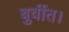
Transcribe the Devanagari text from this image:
बुर्वीत।